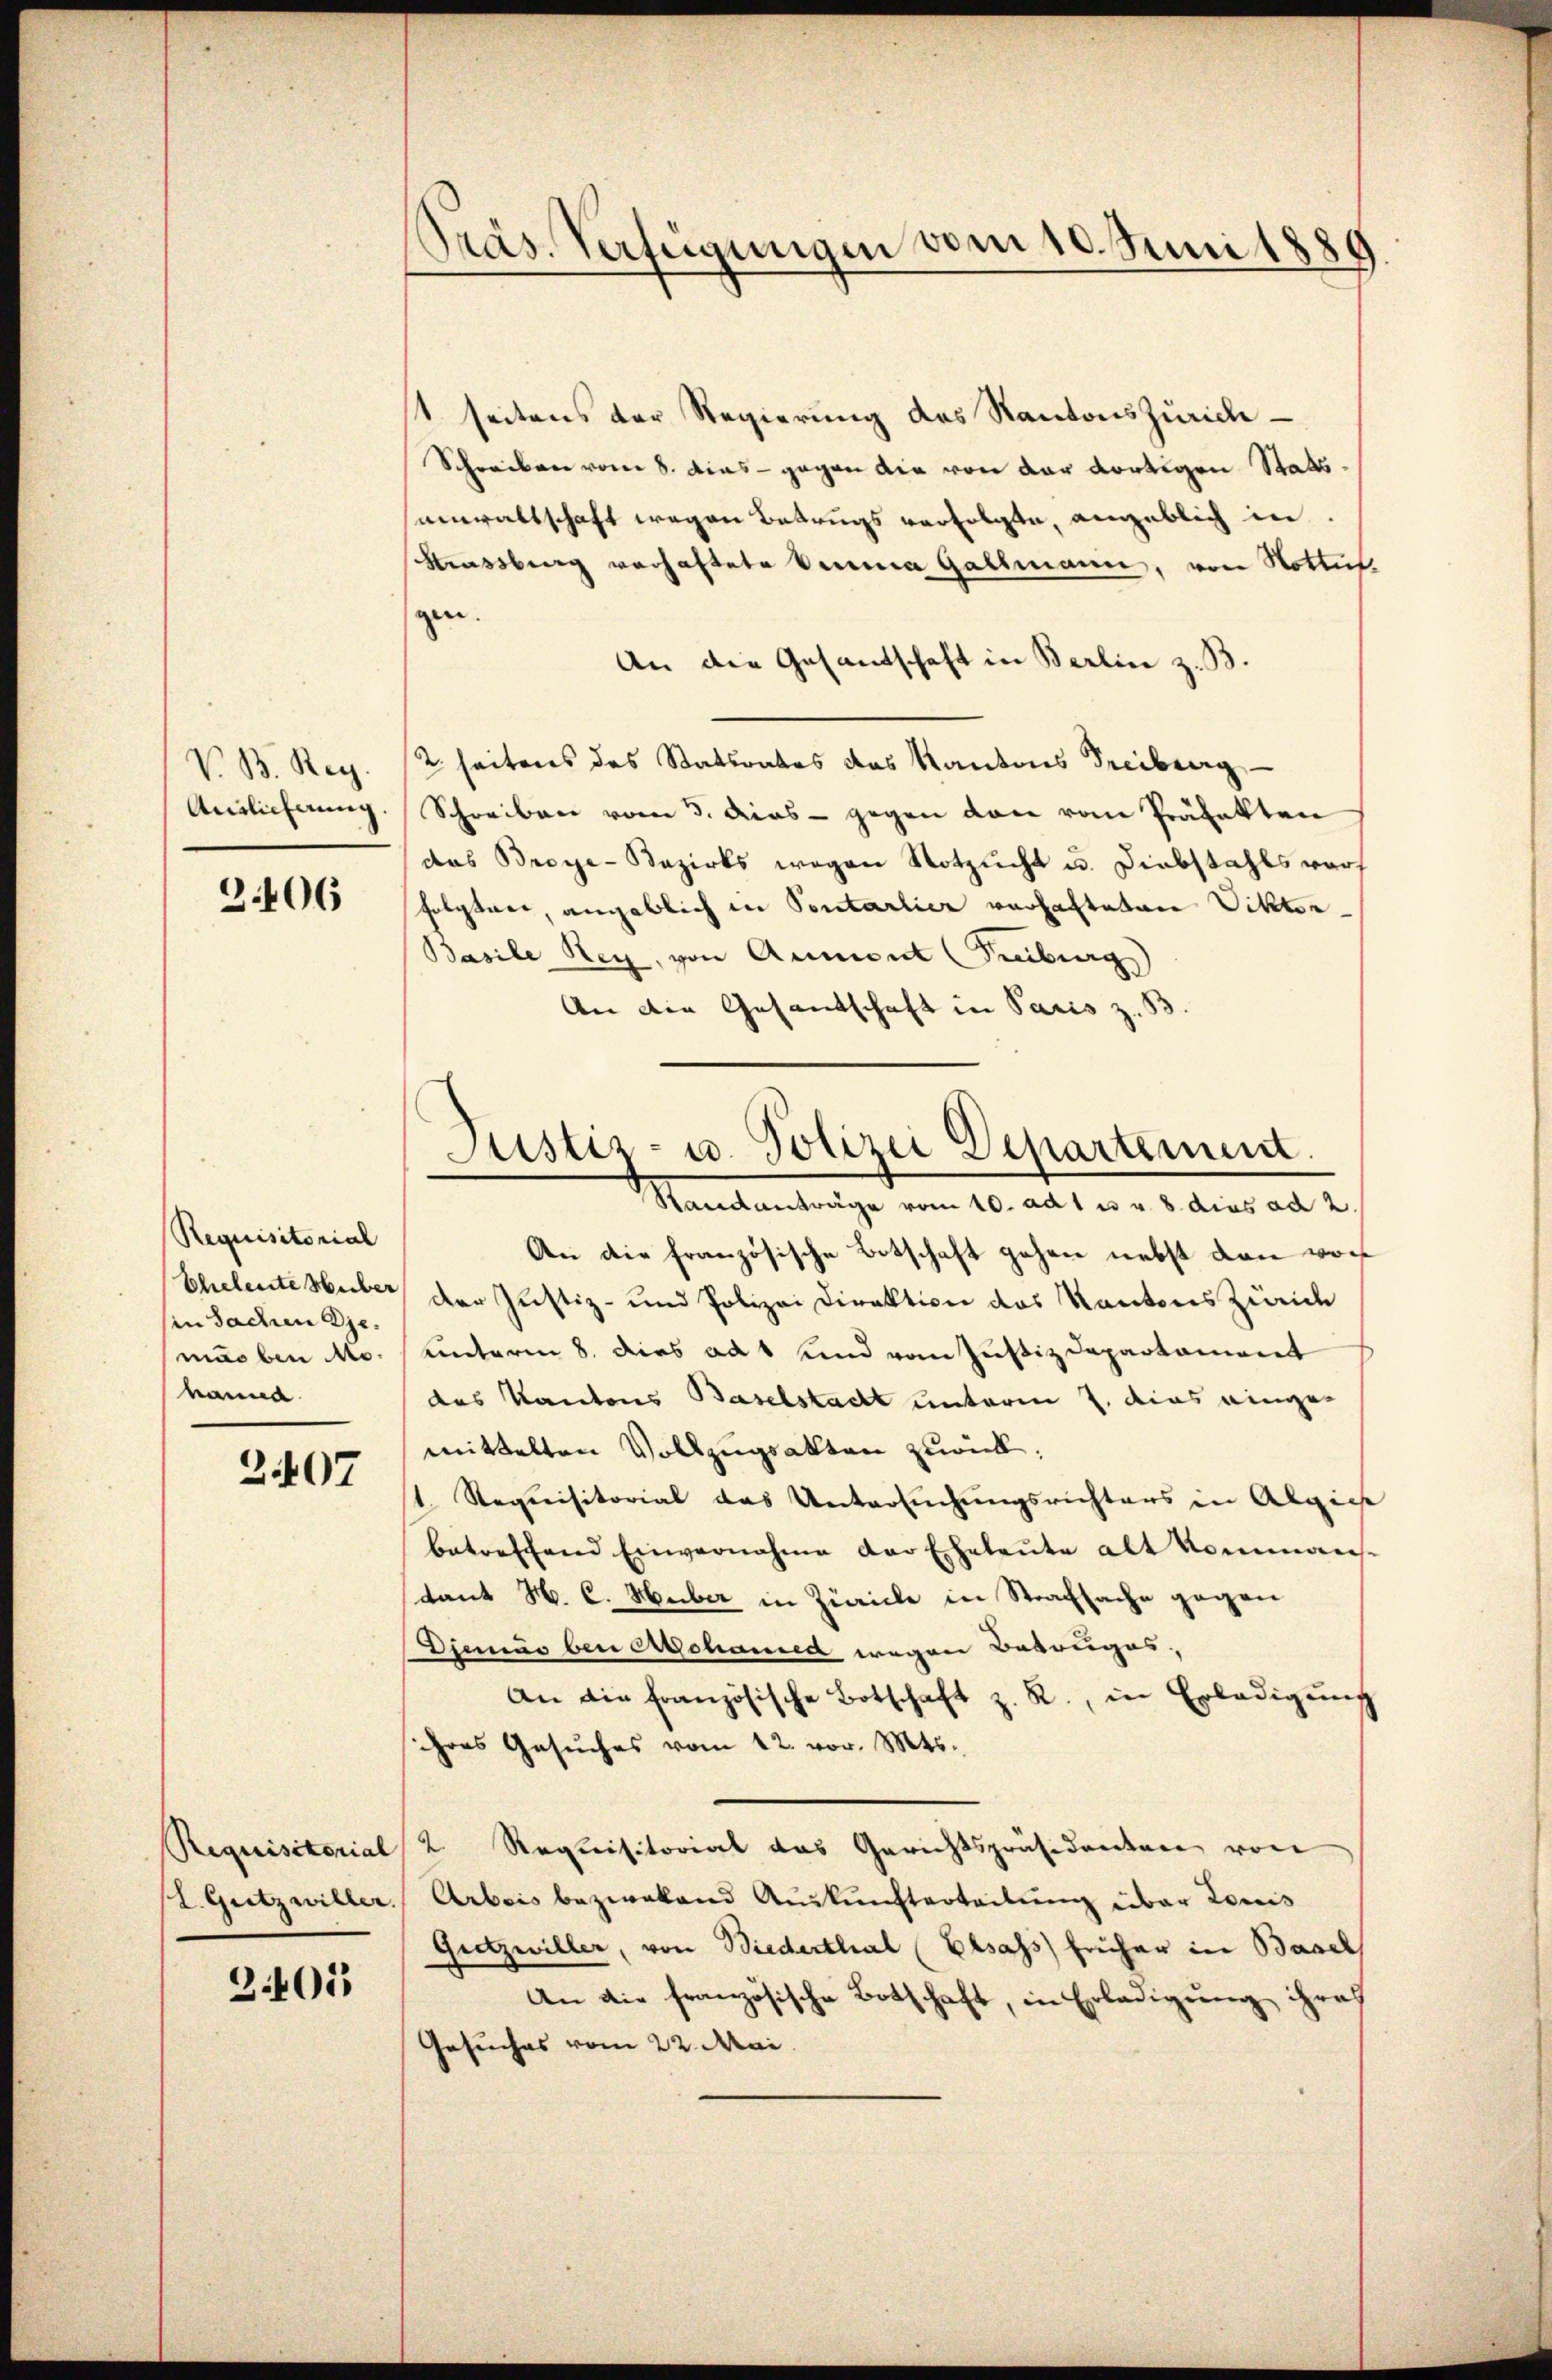
V. B. Reg.
Auslieferung

2.406

Requisitorial
Eheleute Huber
(in Sachen diemarben Mohamed

Z 407

Requisitorial
(L. Gutzwiller.

2405

PPräs. Verfügungen vom 10. Juni 1889

1 seitens der Regierung des Kantons Zürich
Schreiben vom 8. dies - gegen die von der dortigen Staatssanwaltschaft wegen Betrugs verfolgte, angeblich in
Strassberg verhaftete Verna Gallmann, von Nottes.
gen.
An die Gesandschaft in Berlin z. B.
2 seitens des Statsrates das Kantons Freiburg
Schreiben vom 3. Dies - gegen von vom Präfekten
das Breye-Bezirks wegen Notzucht u. Diebstahls vor
folgter, angeblich in Sontarlier verhafteten Viktor-
Basile Rey, von Amment (Treiburg
An die Gesandschaft in Paris z. B
An die französische Botschaft gehen nebst dann von
der Justiz- und Polizei Direktion des Kantons Zürich
unterm 8. dies ad 1 und vom Justizdepartament
das Kantons Baselstadt unterm 7. dies eingemittelten Vollzugsakten zurück.
1. Requisitorial das Untersuchungsrichtens in Algies
betreffend Einvernahme der Eheleŭte alt kommans
tant H. C. Huber in Zürich in Strafsache gegen
Diemás bei Altschausen wegen Betruges,
An die französische Botschaft z. R., in Erledigŭng
ihres Gesŭches vom 12. vor. Mts.
2 Requisitorial das Gerichtspräsidenten von
Arbeis bezwaland Auskunfterteilung über Louis
Gretzwiller, von Biederthal (Elsass früher in Basel
An die französische Botschaft, in Erledigung ihres
Gesuches vom 22. Mai.

Justiz- u. Polizei Departement.
Standanträge vom 10. ad 1 m u. 8 dies ad 2.